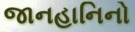
જાનહાનિનો